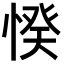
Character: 𢜽